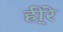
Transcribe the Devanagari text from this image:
ही्रे